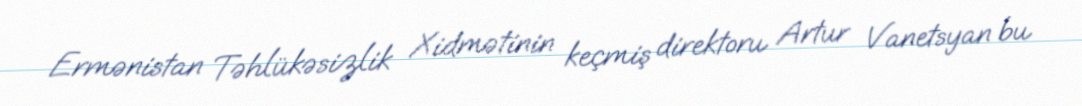
Ermənistan Təhlükəsizlik Xidmətinin keçmiş direktoru Artur Vanetsyan bu